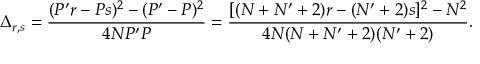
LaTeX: \Delta _ { r , s } = \frac { ( P ^ { \prime } r - P s ) ^ { 2 } - ( P ^ { \prime } - P ) ^ { 2 } } { 4 N P ^ { \prime } P } = \frac { [ ( N + N ^ { \prime } + 2 ) r - ( N ^ { \prime } + 2 ) s ] ^ { 2 } - N ^ { 2 } } { 4 N ( N + N ^ { \prime } + 2 ) ( N ^ { \prime } + 2 ) } .